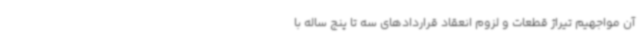
آن مواجهیم تیراژ قطعات و لزوم انعقاد قراردادهای سه تا پنج ساله با